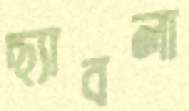
ছ্যাবলা